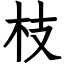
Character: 枝